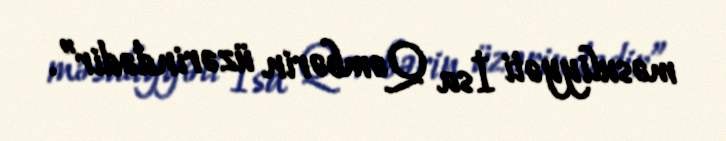
məsuliyyəti İsa Qəmbərin üzərindədir”.